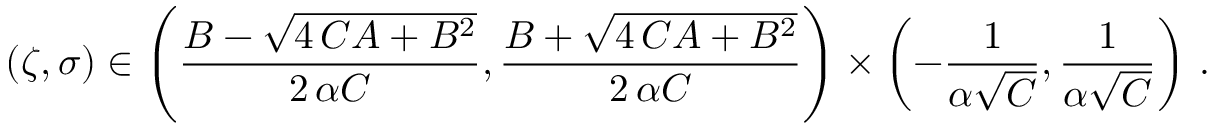
( \zeta , \sigma ) \in \left( \frac { B - \sqrt { 4 \, C A + { B } ^ { 2 } } } { 2 \, \alpha C } , \frac { B + \sqrt { 4 \, C A + { B } ^ { 2 } } } { 2 \, \alpha C } \right) \times \left( - \frac 1 { \alpha \sqrt { C } } , \frac 1 { \alpha \sqrt { C } } \right) \, .